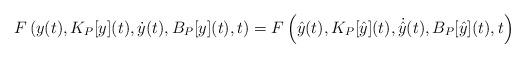
LaTeX: \begin{align*}F\left(y(t),K_P[y](t),\dot{y}(t),B_P[y](t),t\right)= F\left(\hat{y}(t),K_P[\hat{y}](t),\dot{\hat{y}}(t),B_P[\hat{y}](t),t\right)\end{align*}